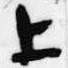
上